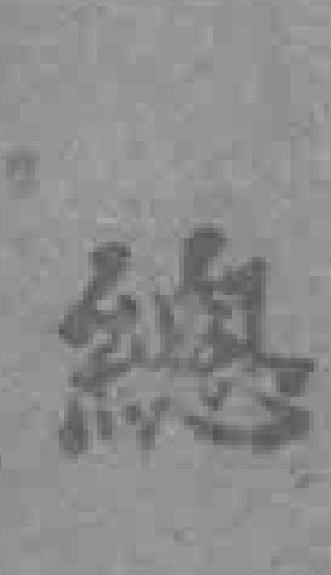
總